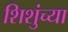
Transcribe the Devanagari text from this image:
शिशुंच्या